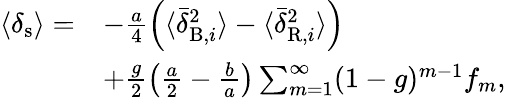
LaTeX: \begin{array}{rl}{\langle\delta_{\mathrm{s}}\rangle=}&{-\frac{a}{4}\left(\langle\bar{\delta}_{\mathrm{B},i}^{2}\rangle-\langle\bar{\delta}_{\mathrm{R},i}^{2}\rangle\right)}\\ &{+\frac{g}{2}\left(\frac{a}{2}-\frac{b}{a}\right)\sum_{m=1}^{\infty}(1-g)^{m-1}f_{m},}\end{array}